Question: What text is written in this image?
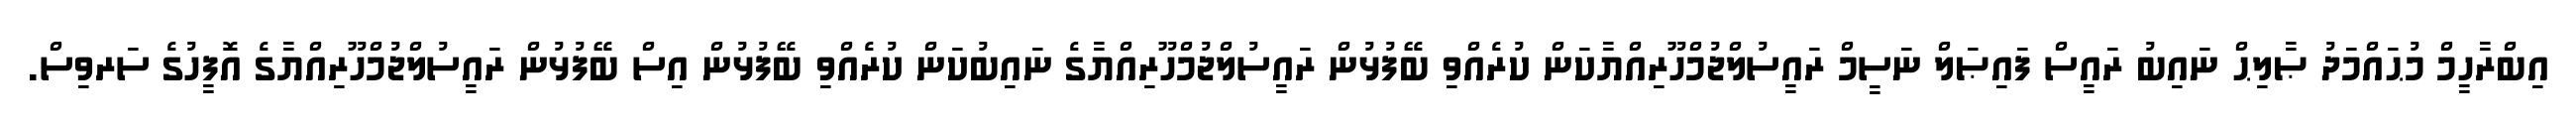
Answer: އިބްރާހީމް މުޙައްމަދު ޞާލިޙް ނައިބު ރައީސް ފައިޞަލް ނަސީމް ރައީސުލްޖުމްހޫރިއްޔާކަން ކުރެއްވި ބޭފުޅުން ރައީސުލްޖުމްހޫރިއްޔާގެ ނައިބުކަން ކުރެއްވި ބޭފުޅުން އިސް ބޭފުޅުން ރައީސުލްޖުމްހޫރިއްޔާގެ އޮފީހުގެ ސަރވިސް.